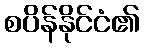
စပိန်နိုင်ငံ၏